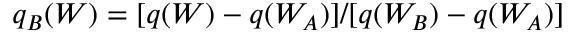
q _ { B } ( W ) = [ q ( W ) - q ( W _ { A } ) ] / [ q ( W _ { B } ) - q ( W _ { A } ) ]